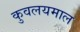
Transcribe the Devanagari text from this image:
कुवलयमाल